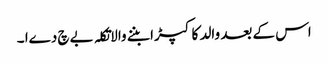
اس کے بعد والد کا کپڑا بننے والاتکلہ بےچ دےا ۔